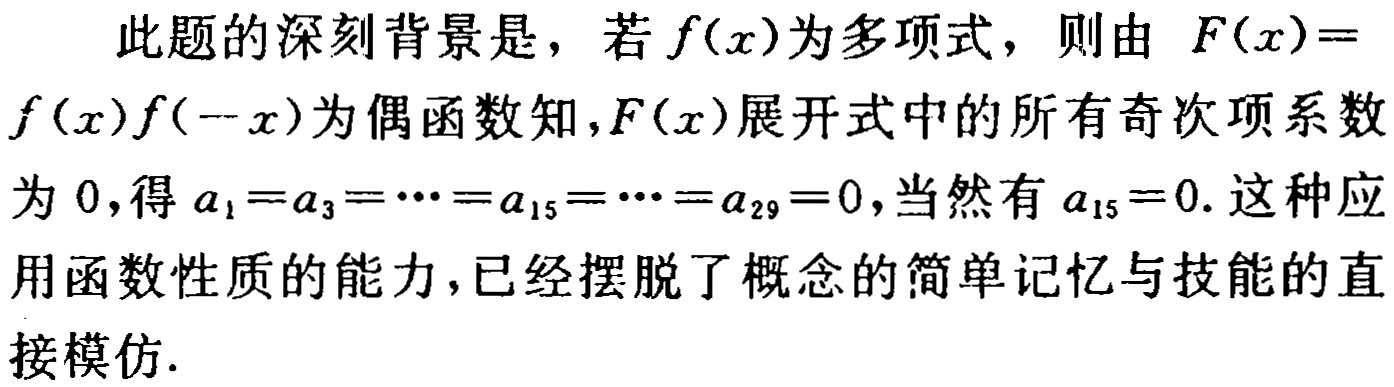
此题的深刻背景是，若\(f(x)\)为多项式，则由 \(F(x)=f(x)f( - x)\)为偶函数知，\(F(x)\)展开式中的所有奇次项系数为 \(0\)，得\(a_1 = a_3=\cdots=a_{15}=\cdots=a_{29}=0\)，当然有\(a_{15} = 0\). 这种应用函数性质的能力，已经摆脱了概念的简单记忆与技能的直接模仿.